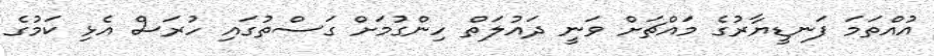
އުއްތަމަ ފަނޑީޔާރުގެ މައްޗަށް ވަނީ ދައުލަތް ހިންގުމަށް ގަސްތުގައި ހުރަސް އެޅި ކަމުގެ